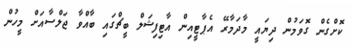
ކޮށްގެން ގޮވަމުން ދިޔައީ މާދަމާރޭ އެޕާޓީއިން އާޓިފިޝަލް ބީޗްގައި ބާއްވާ ޖަލްސާއަށް މީހުން